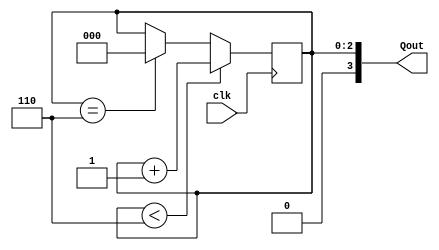
`timescale 1ns / 1ps


module ShiftReg(Qout, clk);

	input clk;
	output [3:0] Qout;
	reg [2:0] Q = 3'b000;

	always @ (posedge clk) begin
		if (Q<6)
		  Q <= Q + 1;
		else if (Q == 6)
		  Q <= 0;
	
	end

	assign Qout = Q;

endmodule